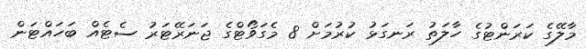
މާލޭގެ ކަރަންޓުގެ ހާލަތު ރަނގަޅު ކުރުމަށް 8 މެގަވޯޓްގެ ޖަނަރޭޓަރު ސެޓެއް ބަހައްޓަން